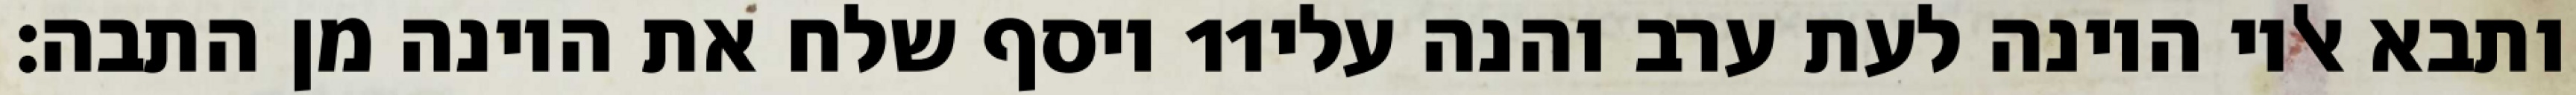
ויסף שלח את היונה מן התבה׃ ‎11‏ ותבא אליו היונה לעת ערב והנה עלי